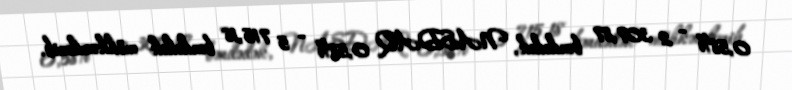
0,58% - 2 307,87 bəndədək, NASDAQ 0,58% - 5 715,18 bəndədək möhkəmlənib.